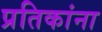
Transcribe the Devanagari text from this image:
प्रतिकांना